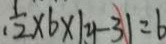
\frac { 1 } { 1 2 } \times 6 \times \vert y - 3 \vert = b